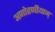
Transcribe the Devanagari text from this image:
अणोरणीयान्‌